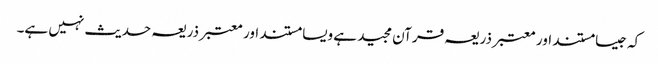
کہ جیسا مستند اور معتبر ذریعہ قرآن مجید ہے ویسا مستند اور معتبر ذریعہ حدیث نہیں ہے۔